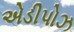
એડીપોઝ